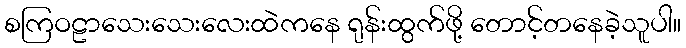
စကြဝဠာသေးသေးလေးထဲကနေ ရုန်းထွက်ဖို့ တောင့်တနေခဲ့သူပါ။